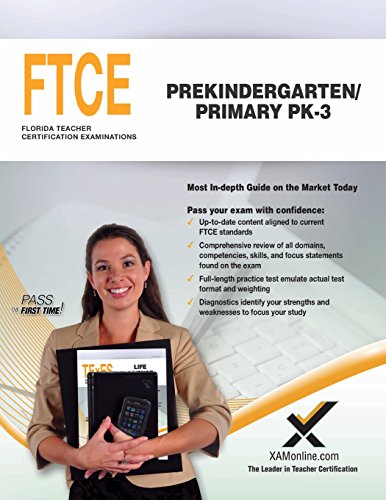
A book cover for FTCE Prekindergarten/Primary PK-3; Sharon A Wynne; Test Preparation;